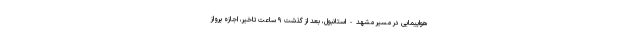
هواپیمایی در مسیر مشهد-استانبول، بعد از گذشت ۹ ساعت تاخیر، اجازه پرواز